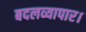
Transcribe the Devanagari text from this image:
बदलव्यापार।